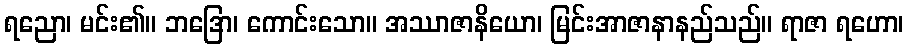
ရညော၊ မင်း၏။ ဘဒြော၊ ကောင်းသော။ အဿာဇာနိယော၊ မြင်းအာဇာနာနည်သည်။ ရာဇာ ရဟော၊